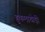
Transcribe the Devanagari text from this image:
हुकमाखेड़ी